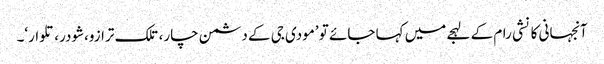
آنجہانی کانشی رام کے لہجے میں کہا جائے تو ’مودی جی کے دشمن چار، تلک ترازو،شودر، تلوار‘۔